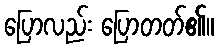
ပြောလည်း ပြောတတ်၏။